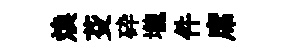
焕芟砕壠件席